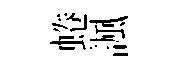
蜷諷